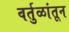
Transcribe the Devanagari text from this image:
वर्तुळांतून